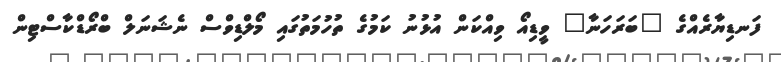
ފަނޑިޔާރެއްގެ "ބަރަހަނާ" ވީޑިއޯ ވިއްކަން އުޅުނު ކަމުގެ ތުހުމަތުގައި މޯލްޑިވްސް ނެޝަނަލް ބްރޯޑްކާސްޓިން